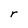
Character: r